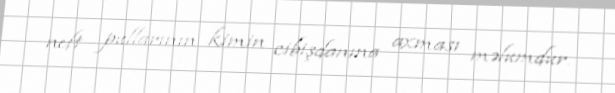
neft pullarının kimin cibişdanına axması məlumdur.